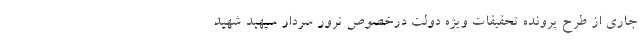
جاری از طرح پرونده تحقیقات ویژه دولت درخصوص ترور سردار سپهبد شهید